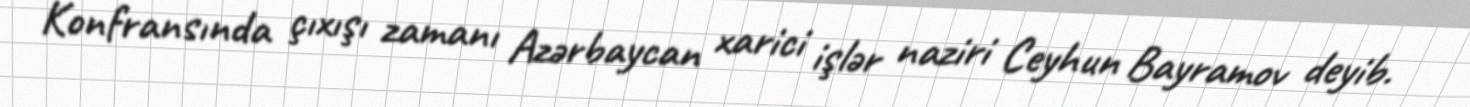
Konfransında çıxışı zamanı Azərbaycan xarici işlər naziri Ceyhun Bayramov deyib.